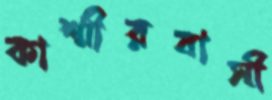
কাশ্মীরবাসী